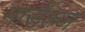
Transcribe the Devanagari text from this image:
मार्सेल्ज